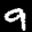
Label: 9